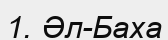
1. Әл-Баха